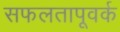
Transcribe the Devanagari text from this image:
सफलतापूवर्क